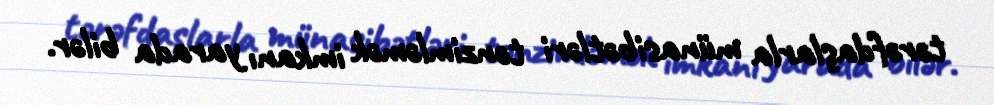
tərəfdaşlarla münasibətləri tənzimləmək imkanı yarada bilər.